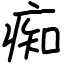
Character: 痴